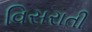
વિસરાતી